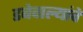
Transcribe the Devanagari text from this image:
डबेवाल्यांचे